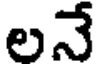
లనే